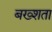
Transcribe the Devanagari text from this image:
बख्शता